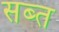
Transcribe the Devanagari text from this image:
सब्त